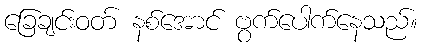
ခြေချင်းဝတ် နစ်အောင် ဗွက်ပေါက်နေသည်။